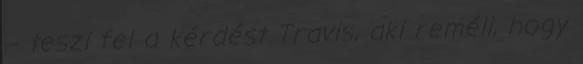
– teszi fel a kérdést Travis, aki reméli, hogy